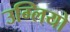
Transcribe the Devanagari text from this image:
उग्लियो